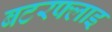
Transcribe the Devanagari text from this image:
बटरफ्लाइ